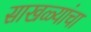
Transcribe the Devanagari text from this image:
साखळ्यांचा